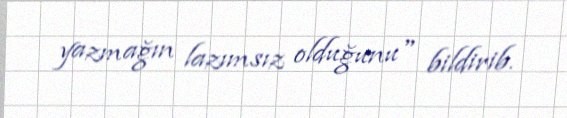
yazmağın lazımsız olduğunu" bildirib.